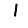
Digit: 1